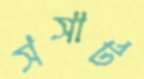
সসার্ট